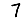
Digit: 7